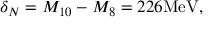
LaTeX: \delta _ { N } = M _ { 1 0 } - M _ { 8 } = 2 2 6 \mathrm { M e V } ,